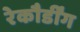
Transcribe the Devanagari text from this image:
रेकौर्डींग